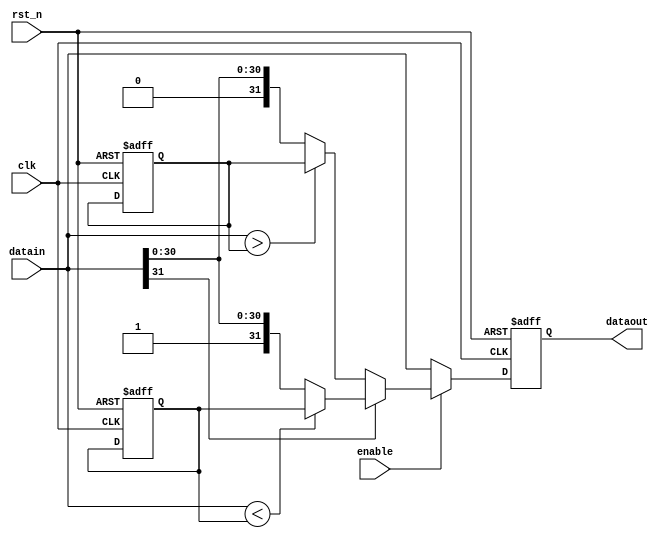
module delta_limit(clk,rst_n,enable,datain,dataout);
input clk,rst_n,enable;
input [31:0]datain;
output [31:0]dataout;
reg [31:0]dataout;
reg [31:0]delta_max;
reg [31:0]delta_min;
always @(posedge clk or negedge rst_n)
if(!rst_n)
	begin
	dataout<=32'd0;
	delta_max<=32'd10240000;
	delta_min<=-32'd10240000;
	end
else
	begin
	if(enable==1'b1)
		begin
		if(datain[31]==1'b0)//datain is positive number
			begin
			if(datain>delta_max)
				dataout<=delta_max;
			else
				dataout<=datain;
			end
		else//datain is negative number
			begin
			if(datain<delta_min)
				dataout<=delta_min;
			else
				dataout<=datain;
			end
		end
	else
		begin
		dataout<=datain;
		end
	end
endmodule